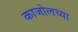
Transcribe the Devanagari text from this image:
काजोलच्या